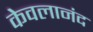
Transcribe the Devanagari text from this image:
केवलानंद